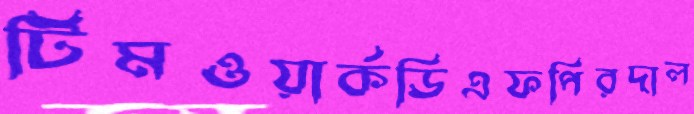
টিমওয়ার্কডিএফপিরদাল